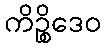
ကိဉ္စိဒေဝ